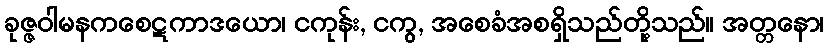
ခုဇ္ဇဝါမနကစေဋကာဒယော၊ ငကုန်း, ငကွ, အစေခံအစရှိသည်တို့သည်။ အတ္တနော၊